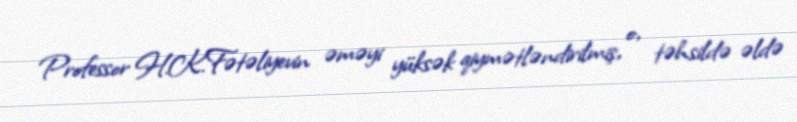
Professor H.K.Fətəliyevin əməyi yüksək qiymətləndirilmiş, o, təhsildə əldə